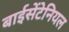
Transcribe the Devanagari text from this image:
बाईसेंटेनियल